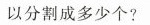
以分割成多少个?